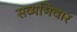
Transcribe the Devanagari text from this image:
सव्यभिचार